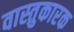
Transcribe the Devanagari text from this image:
वास्तुकारक